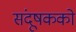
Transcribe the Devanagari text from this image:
संदूषकको